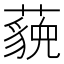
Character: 𬟈